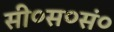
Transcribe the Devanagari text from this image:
सी०स०सं०